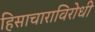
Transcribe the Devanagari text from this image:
हिसाचाराविरोधी